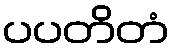
ပပတိတံ